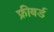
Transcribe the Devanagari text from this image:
फ्रीबर्ड